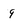
Character: q